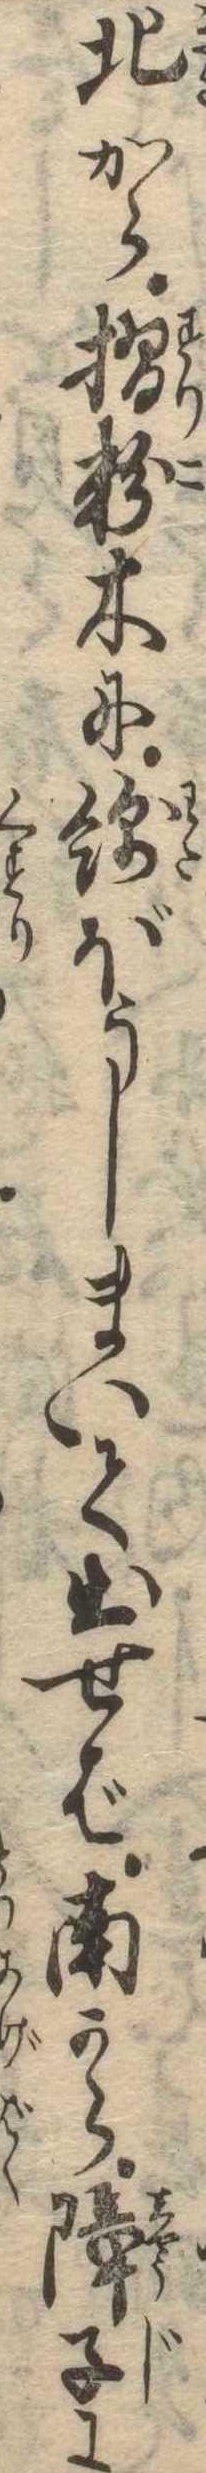
北から摺粉木に綿ぼうしまいて出せば南から障子に